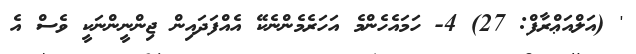
' (އަލްއަޢްރާފް: 27) 4- ހަމައެހެންމެ އަހަރެމެންނެކޭ އެއްފަދައިން ޖިންނީންނަކީ ވެސް އެ